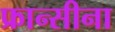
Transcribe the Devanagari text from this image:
फ्रान्सीना